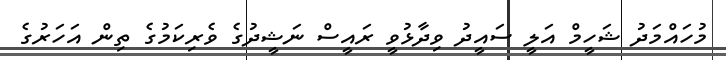
މުހައްމަދު ޝަހީމް އަލީ ސައީދު ވިދާޅުވީ ރައީސް ނަޝީދުގެ ވެރިކަމުގެ ތިން އަހަރުގެ